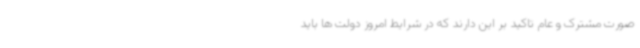
صورت مشترک و عام تاکید بر این دارند که در شرایط امروز دولت ها باید